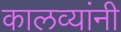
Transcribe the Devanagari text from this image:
कालव्यांनी